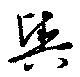
輿